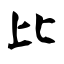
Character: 比